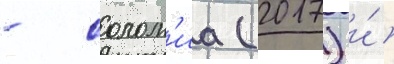
- солом'иа (2017) и́